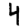
Digit: 4